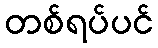
တစ်ရပ်ပင်